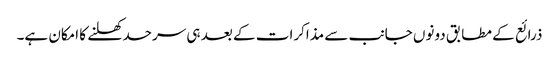
ذرائع کے مطابق دونوں جانب سے مذاکرات کے بعد ہی سرحد کھلنے کا امکان ہے۔